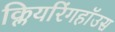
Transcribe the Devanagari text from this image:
क्लियरिंगहॉउस